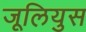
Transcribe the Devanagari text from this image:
जूलियुस